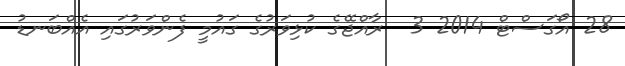
28 އޯގަސްޓް 2014 3  ރާއްޖޭގެ ކުޅިވަރުގެ ގައުމީ ފެންވަރުގައި އެއްބަނޑު